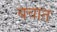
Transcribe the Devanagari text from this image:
बचात